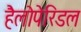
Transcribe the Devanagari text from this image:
हैलोपेरिडल